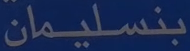
بنسليمان